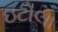
ઇટોલા